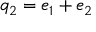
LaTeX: q _ { 2 } = e _ { 1 } + e _ { 2 }